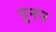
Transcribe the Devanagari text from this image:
पुनन